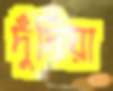
দুঁদিয়া